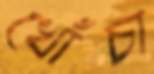
খোঁচা